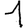
Digit: 1